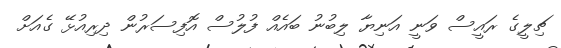
ޗިލީގެ ރައީސް ވަނީ އަނިޔާ ލިބުނު ބައެއް ފުލުސް އޮފިސަރުން ދިރިއުޅޭ ގެއަށް